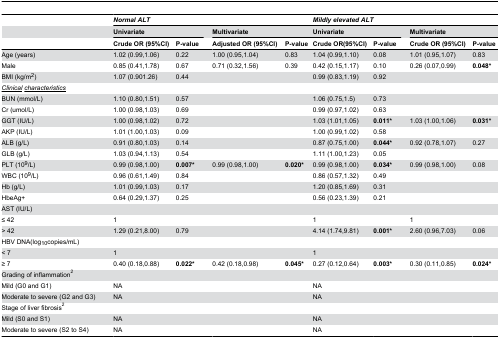
<table><thead><tr><td></td><td colspan="5"><b><i>Normal</i><i></i><i>ALT</i></b></td><td colspan="5"><b><i>Mildly elevated ALT</i></b></td></tr><tr><td></td><td colspan="2"><b>Univariate</b></td><td></td><td colspan="2"><b>Multivariate</b></td><td colspan="2"><b>Univariate</b></td><td></td><td colspan="2"><b>Multivariate</b></td></tr><tr><td></td><td><b>Crude OR (95%CI)</b></td><td><b>P-value</b></td><td></td><td><b>Adjusted OR (95%CI)</b></td><td><b>P-value</b></td><td><b>Crude OR(95%CI)</b></td><td><b>P-value</b></td><td></td><td><b>Crude OR (95%CI)</b></td><td><b>P-value</b></td></tr></thead><tbody><tr><td>Age (years)</td><td>1.02 (0.99,1.06)</td><td>0.22</td><td></td><td>1.00 (0.95,1.04)</td><td>0.83</td><td>1.04 (0.99,1.10)</td><td>0.08</td><td></td><td>1.01 (0.95,1.07)</td><td>0.83</td></tr><tr><td>Male</td><td>0.85 (0.41,1.78)</td><td>0.67</td><td></td><td>0.71 (0.32,1.56)</td><td>0.39</td><td>0.42 (0.15,1.17)</td><td>0.10</td><td></td><td>0.26 (0.07,0.99)</td><td><b>0.048*</b></td></tr><tr><td>BMI (kg/m<sup>2</sup>)</td><td>1.07 (0.901.26)</td><td>0.44</td><td></td><td></td><td></td><td>0.99 (0.83,1.19)</td><td>0.92</td><td></td><td></td><td></td></tr><tr><td><i><underline>Clinical</underline><underline>characteristics</underline></i></td><td></td><td></td><td></td><td></td><td></td><td></td><td></td><td></td><td></td><td></td></tr><tr><td>BUN (mmol/L)</td><td>1.10 (0.80,1.51)</td><td>0.57</td><td></td><td></td><td></td><td>1.06 (0.75,1.5)</td><td>0.73</td><td></td><td></td><td></td></tr><tr><td>Cr (umol/L)</td><td>1.00 (0.98,1.03)</td><td>0.69</td><td></td><td></td><td></td><td>0.99 (0.97,1.02)</td><td>0.63</td><td></td><td></td><td></td></tr><tr><td>GGT (IU/L)</td><td>1.00 (0.98,1.02)</td><td>0.72</td><td></td><td></td><td></td><td>1.03 (1.01,1.05)</td><td><b>0.011*</b></td><td></td><td>1.03 (1.00,1.06)</td><td><b>0.031*</b></td></tr><tr><td>AKP (IU/L)</td><td>1.01 (1.00,1.03)</td><td>0.09</td><td></td><td></td><td></td><td>1.00 (0.99,1.02)</td><td>0.58</td><td></td><td></td><td></td></tr><tr><td>ALB (g/L)</td><td>0.91 (0.80,1.03)</td><td>0.14</td><td></td><td></td><td></td><td>0.87 (0.75,1.00)</td><td><b>0.044*</b></td><td></td><td>0.92 (0.78,1.07)</td><td>0.27</td></tr><tr><td>GLB (g/L)</td><td>1.03 (0.94,1.13)</td><td>0.54</td><td></td><td></td><td></td><td>1.11 (1.00,1.23)</td><td>0.05</td><td></td><td></td><td></td></tr><tr><td>PLT (10<sup>9</sup>/L)</td><td>0.99 (0.98,1.00)</td><td><b>0.007*</b></td><td></td><td>0.99 (0.98,1.00)</td><td><b>0.020*</b></td><td>0.99 (0.98,1.00)</td><td><b>0.034*</b></td><td></td><td>0.99 (0.98,1.00)</td><td>0.08</td></tr><tr><td>WBC (10<sup>9</sup>/L)</td><td>0.96 (0.61,1.49)</td><td>0.84</td><td></td><td></td><td></td><td>0.86 (0.57,1.32)</td><td>0.49</td><td></td><td></td><td></td></tr><tr><td>Hb (g/L)</td><td>1.01 (0.99,1.03)</td><td>0.17</td><td></td><td></td><td></td><td>1.20 (0.85,1.69)</td><td>0.31</td><td></td><td></td><td></td></tr><tr><td>HbeAg+</td><td>0.64 (0.29,1.37)</td><td>0.25</td><td></td><td></td><td></td><td>0.56 (0.23,1.39)</td><td>0.21</td><td></td><td></td><td></td></tr><tr><td>AST (IU/L)</td><td></td><td></td><td></td><td></td><td></td><td></td><td></td><td></td><td></td><td></td></tr><tr><td> ≤ 42 </td><td>1</td><td></td><td></td><td></td><td></td><td>1</td><td></td><td></td><td>1</td><td></td></tr><tr><td> &gt; 42 </td><td>1.29 (0.21,8.00)</td><td>0.79</td><td></td><td></td><td></td><td>4.14 (1.74,9.81)</td><td><b>0.001*</b></td><td></td><td>2.60 (0.96,7.03)</td><td>0.06</td></tr><tr><td>HBV DNA(log<sub>10</sub>copies/mL)</td><td></td><td></td><td></td><td></td><td></td><td></td><td></td><td></td><td></td><td></td></tr><tr><td>&lt; 7</td><td>1</td><td></td><td></td><td></td><td></td><td>1</td><td></td><td></td><td></td><td></td></tr><tr><td>≥ 7</td><td>0.40 (0.18,0.88)</td><td><b>0.022*</b></td><td></td><td>0.42 (0.18,0.98)</td><td><b>0.045*</b></td><td>0.27 (0.12,0.64)</td><td><b>0.003*</b></td><td></td><td>0.30 (0.11,0.85)</td><td><b>0.024*</b></td></tr><tr><td>Grading of inflammation<sup>2</sup></td><td></td><td></td><td></td><td></td><td></td><td></td><td></td><td></td><td></td><td></td></tr><tr><td>Mild (G0 and G1)</td><td>NA</td><td></td><td></td><td></td><td></td><td>NA</td><td></td><td></td><td></td><td></td></tr><tr><td>Moderate to severe (G2 and G3)</td><td>NA</td><td></td><td></td><td></td><td></td><td>NA</td><td></td><td></td><td></td><td></td></tr><tr><td>Stage of liver fibrosis<sup>2</sup></td><td></td><td></td><td></td><td></td><td></td><td></td><td></td><td></td><td></td><td></td></tr><tr><td>Mild (S0 and S1)</td><td>NA</td><td></td><td></td><td></td><td></td><td>NA</td><td></td><td></td><td></td><td></td></tr><tr><td>Moderate to severe (S2 to S4)</td><td>NA</td><td></td><td></td><td></td><td></td><td>NA</td><td></td><td></td><td></td><td></td></tr></tbody></table>